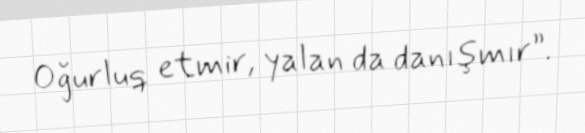
Oğurluq etmir, yalan da danışmır”.